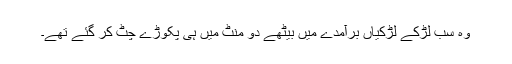
وہ سب لڑکے لڑکیاں برآمدے میں بیٹھے دو منٹ میں ہی پکوڑے چٹ کر گئے تھے۔